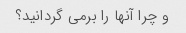
و چرا آنها را برمی گردانید؟